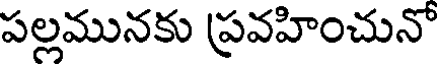
పల్లమునకు ప్రవహించునో